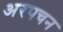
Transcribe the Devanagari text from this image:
अरपचन